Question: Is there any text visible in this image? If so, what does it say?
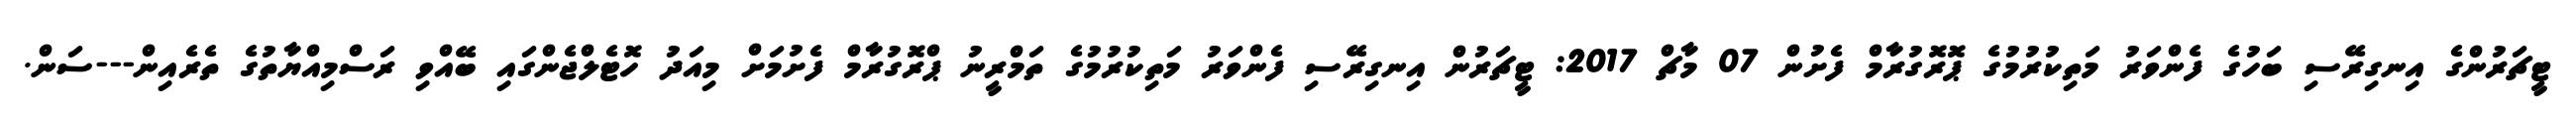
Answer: ޓީޗަރުންގެ އިނގިރޭސި ބަހުގެ ފެންވަރު މަތިކުރުމުގެ ޕޮރޮގުރާމް ފެށުން 07 މާޗް 2017: ޓީޗަރުން އިނގިރޭސި ފެންވަރު މަތިކުރުމުގެ ތަމްރީނު ޕްރޮގުރާމް ފެށުމަށް މިއަދު ހޮޓެލްޖެންގައި ބޭއްވި ރަސްމިއްޔާތުގެ ތެރެއިން---ސަން.